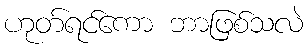
ဟုတ်ရင်ကော ဘာဖြစ်သလဲ